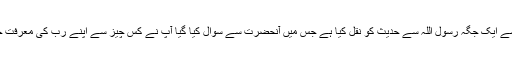
انہی میں سے ایک جگہ رسول اللہؐ سے حدیث کو نقل کیا ہے جس میں آنحضرتؐ سے سوال کیا گیا آپؐ نے کس چیز سے اپنے ربّ کی معرفت حاصل کی۔